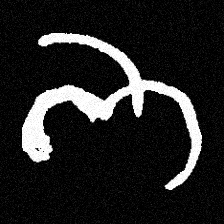
Pyu character \u2014 Myanmar letter: ဘ (romanized: bha)